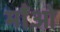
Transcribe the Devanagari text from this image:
माँओ